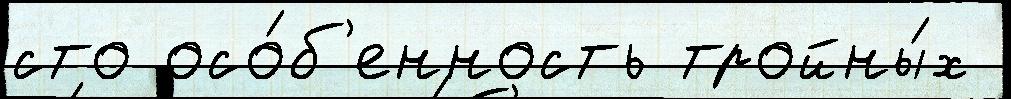
сто осо́б'енность тройны́х